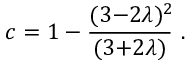
c = 1 - \frac { ( 3 { - } 2 \lambda ) ^ { 2 } \! } { ( 3 { + } 2 \lambda ) } ~ .